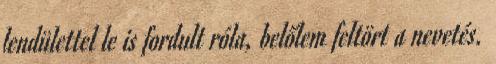
lendülettel le is fordult róla, belőlem feltört a nevetés.